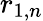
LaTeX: r_{1,n}